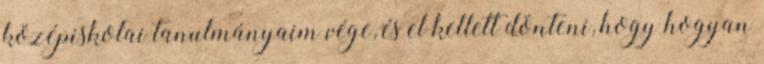
középiskolai tanulmányaim vége, és el kellett dönteni, hogy hogyan